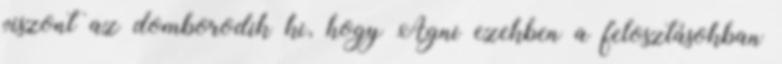
viszont az domborodik ki, hogy Agni ezekben a felosztásokban